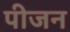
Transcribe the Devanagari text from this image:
पीजन